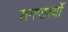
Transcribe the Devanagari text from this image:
समपार्श्वो